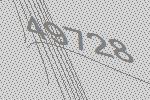
49728